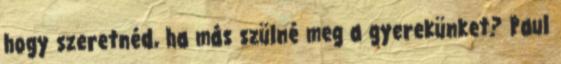
hogy szeretnéd, ha más szülné meg a gyerekünket? Paul